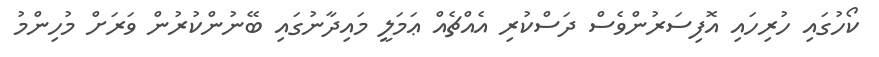
ކޯހުގައި ހުރިހައި އޮފިސަރުންވެސް ދަސްކުރި އެއްޗެއް ޢަމަލީ މައިދާނުގައި ބޭނުންކުރުން ވަރަށް މުހިންމު